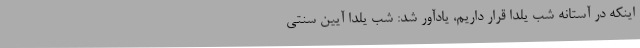
اینکه در آستانه شب یلدا قرار داریم، یادآور شد: شب یلدا آیین سنتی